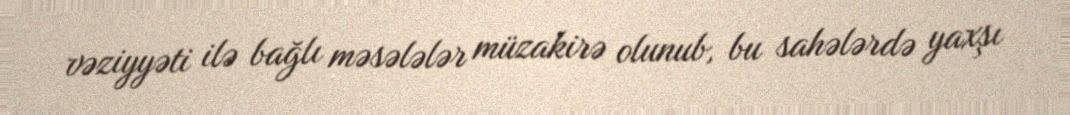
vəziyyəti ilə bağlı məsələlər müzakirə olunub, bu sahələrdə yaxşı